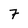
Character: 7